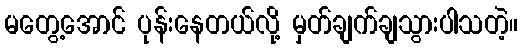
မတွေ့အောင် ပုန်းနေတယ်လို့ မှတ်ချက်ချသွားပါသတဲ့။